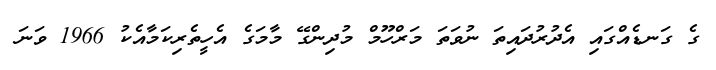
ގެ ގަނޑެއްގައި އެދުރުދައިތަ ނުވަތަ މަރްހޫމް މުދިންގޭ މާމަގެ އެހީތެރިކަމާއެކު 1966 ވަނަ